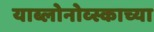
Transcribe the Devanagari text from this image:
याब्लोनोव्स्काच्या